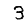
Digit: 3